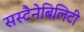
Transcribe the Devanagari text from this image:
सस्टैनेबिलिटी